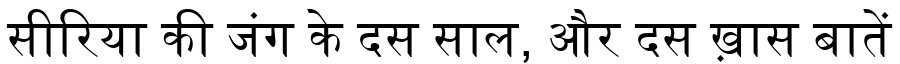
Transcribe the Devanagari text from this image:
सीरिया की जंग के दस साल, और दस ख़ास बातें